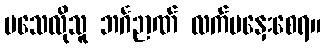
မသေလိုသူ ဘင်္ဂဉာဏ် လက်မနှေးစေရ။